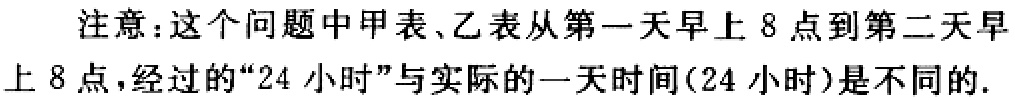
注意：这个问题中甲表、乙表从第一天早上8点到第二天早上8点，经过的“24小时”与实际的一天时间(24小时)是不同的.